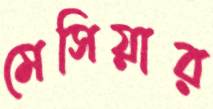
মেসিয়ার